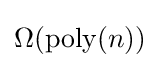
\Omega ({\text{poly}}(n))